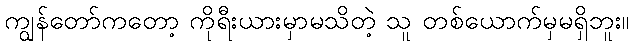
ကျွန်တော်ကတော့ ကိုရီးယားမှာမသိတဲ့ သူ တစ်ယောက်မှမရှိဘူး။